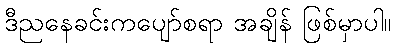
ဒီညနေခင်းကပျော်စရာ အချိန် ဖြစ်မှာပါ။